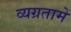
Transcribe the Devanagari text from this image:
व्यग्रतामें